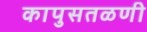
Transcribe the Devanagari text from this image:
कापुसतळणी